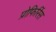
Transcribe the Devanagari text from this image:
प्रोफिरिंस